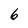
Character: 6